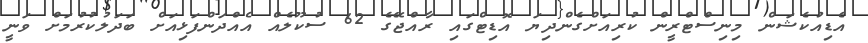
އެޑިއުކެޝަން މިނިސްޓްރީން ކުރިއަށްގެންދިޔަ އޮޑިޓްގައި ރާއްޖޭގެ 62 ސުކޫލެއް އެއްދަންފަޅިއަށް ބަދަލުކުރުމަށް ވަނީ